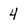
Character: 4